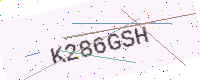
Text: K286GSH